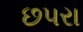
છપરા